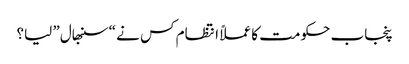
پنجاب حکومت کا عملاً انتظام کس نے “سنبھال” لیا؟